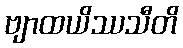
ဗျာထယိဿသီတိ